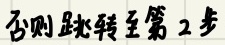
否则跳转至第2步